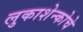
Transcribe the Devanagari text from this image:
लुकाशेन्कोचे